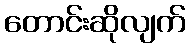
တောင်းဆိုလျက်